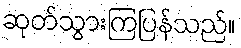
ဆုတ်သွားကြပြန်သည်။